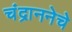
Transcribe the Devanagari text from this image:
चंद्राननेचे